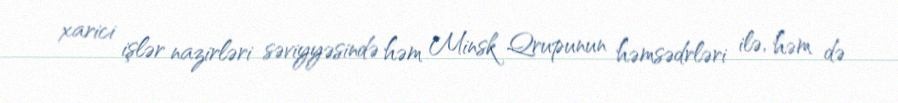
xarici işlər nazirləri səviyyəsində həm Minsk Qrupunun həmsədrləri ilə, həm də